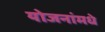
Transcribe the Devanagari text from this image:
योजनांमधे